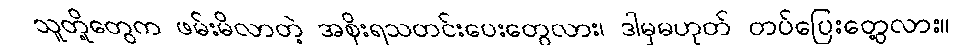
သူတို့တွေက ဖမ်းမိလာတဲ့ အစိုးရသတင်းပေးတွေလား၊ ဒါမှမဟုတ် တပ်ပြေးတွေ့လား။